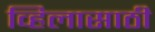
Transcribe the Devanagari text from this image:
व्हिलासाठी